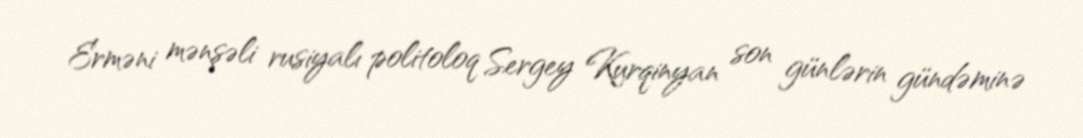
Erməni mənşəli rusiyalı politoloq Sergey Kurqinyan son günlərin gündəminə